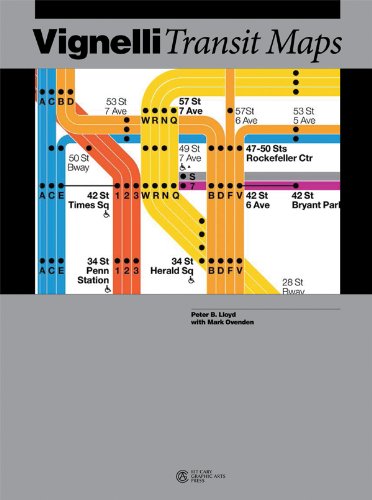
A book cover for Vignelli Transit Maps; Peter B. Lloyd; Arts & Photography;